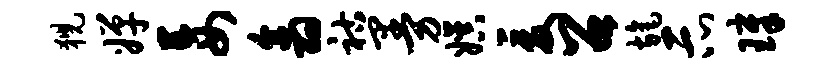
猊婵妄翕祜曼娱爰召旄示璋